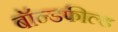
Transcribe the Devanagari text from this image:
बॉन्डफील्ड